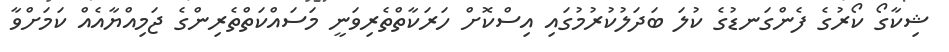
ޝިކާގޯ ކޯރުގެ ފެންގަނޑުގެ ކުލަ ބަދަލުކުރުމުގައި އިސްކޮށް ހަރަކާތްތެރިވަނީ މަސައްކަތްތެރިންގެ ޖަމިއްޔާއެއް ކަމަށްވާ